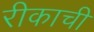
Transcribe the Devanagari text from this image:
रीकाची